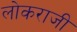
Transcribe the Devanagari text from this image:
लोकराजी